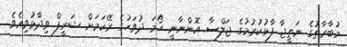
މުބާރާތުގެ ނަތީޖާ ފާޅުކުރުމުގެ ޖަލްސާ އޮންނާނީ ހޯމަ ދުވަހުގެ ރޭކަމަށް ޝަރީފް ވިދާޅުވިއެވެ.